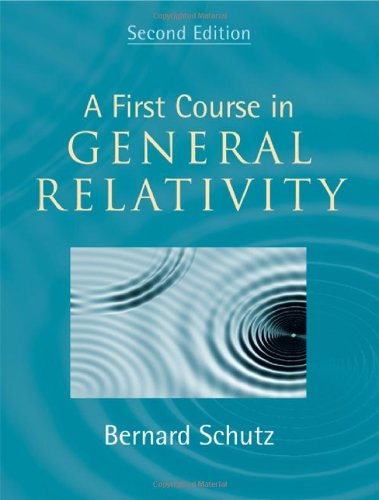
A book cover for A First Course in General Relativity; Bernard Schutz; Science & Math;